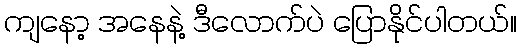
ကျနော့ အနေနဲ့ ဒီလောက်ပဲ ပြောနိုင်ပါတယ်။